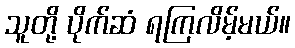
သူတို့ ပိုက်ဆံ ရကြလိမ့်မယ်။